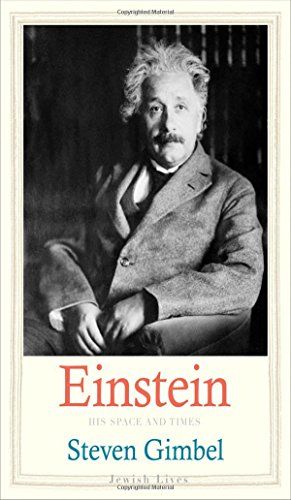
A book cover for Einstein: His Space and Times (Jewish Lives); Steven Gimbel; Biographies & Memoirs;